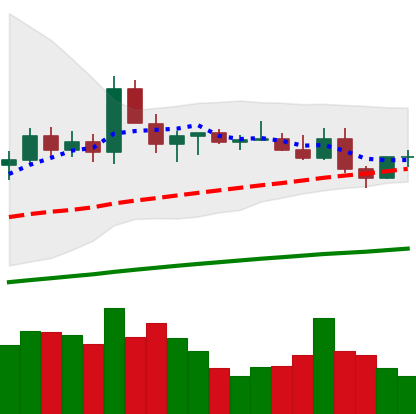
Ticker: ETC-USD
Chart end date: 2021-03-27
Forward return: 22.24%
Label: up_7plus